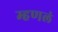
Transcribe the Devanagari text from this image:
म्हणलं